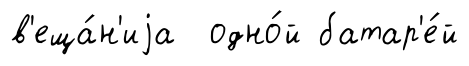
в'еща́н'иjа одно́й батар'е́й